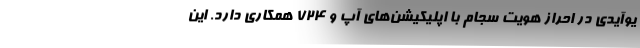
یوآیدی در احراز هویت سجام با اپلیکیشن‌های آپ و 724 همکاری دارد. این